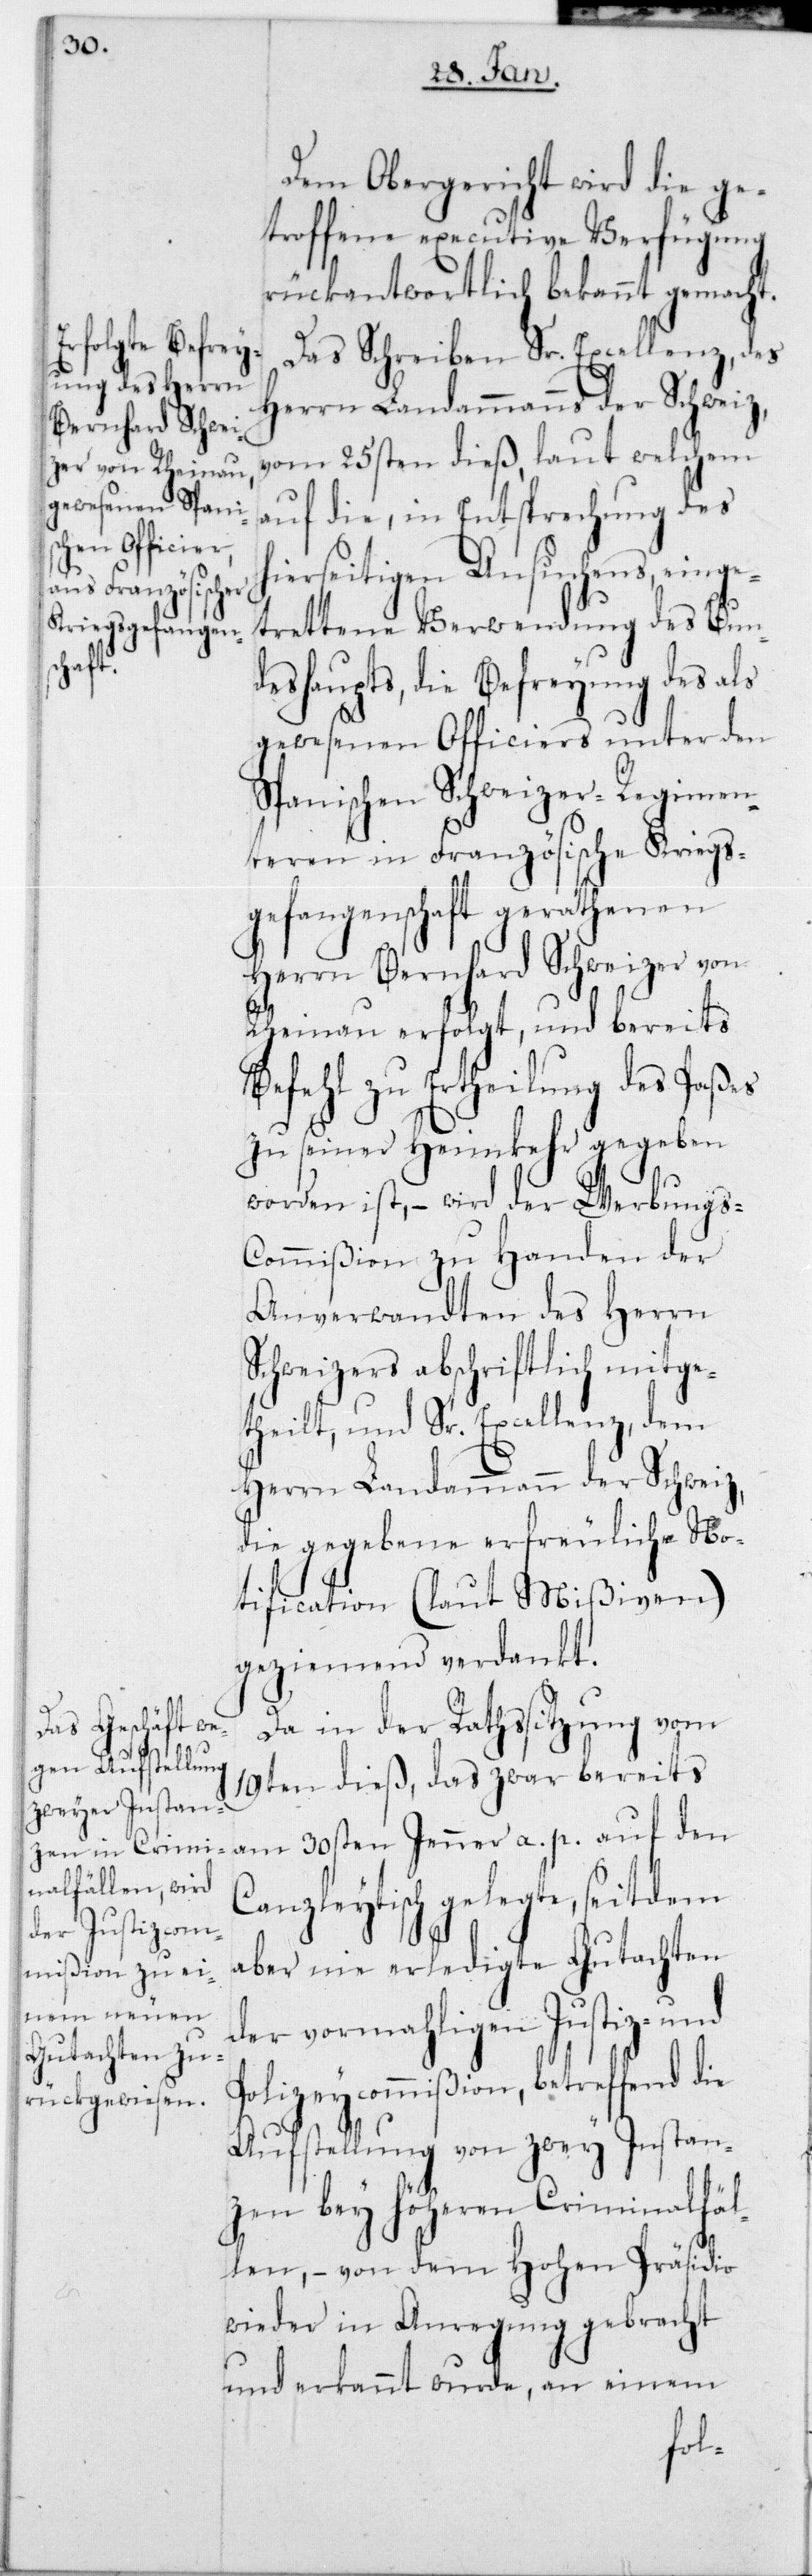
Dem Obergericht wird die ge¬
troffene executive Verfügung
rückantwortlich bekannt gemacht.
Das Schreiben Sr. Excellenz, des
Herrn Landammanns der Schweiz,
vom 25sten dieß, laut welchem
auf die, in Entsprechung des
hierseitigen Ansuchens, einge¬
trettene Verwendung des Bun¬
deshaupts, die Befreyung des als
gewesenen Officiers unter den
Spanischen Schweizer-Regimen¬
teren in Französische Kriegs¬
gefangenschaft gerathenen
Herrn Bernhard Schweizer von
Rheinau erfolgt, und bereits
Befehl zu Ertheilung des Paßes
zu seiner Heimkehr gegeben
worden ist, – wird der Werbungs-C¬
ommißion zu Handen der
Anverwandten des Herrn
Schweizers abschriftlich mitge¬
theilt, und Sr. Excellenz, dem
Herrn Landammann der Schweiz,
die gegebene erfreuliche No¬
tification (laut Mißiven)
geziemend verdankt.
Da in der Rathssitzung vom
19ten dieß, das zwar bereits
am 30sten Jenner a. p. auf den
Canzleytisch gelegte, seitdem
aber nie erledigte Gutachten
der vormahligen Justiz- und
Polizeycommißion, betreffend die
Aufstellung von zwey Instan¬
zen bey höheren Criminalfäl¬
len, – von dem Hohen Präsidio
wieder in Anregung gebracht
und erkannt wurde, an einem